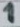
Text: 1